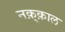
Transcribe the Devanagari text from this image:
नक़्क़ाल